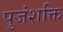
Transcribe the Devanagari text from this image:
पुजंशक्ति